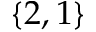
\{ 2 , 1 \}